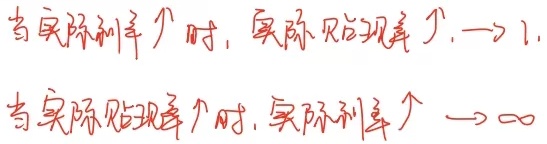
当实际利率$\uparrow$时，实际贴现率$\uparrow\rightarrow 1$。当实际贴现率$\uparrow$时，实际利率$\uparrow\rightarrow \infty$。